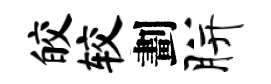
皎较劃胼